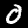
Digit: 0